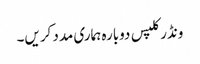
ونڈر کلپس دوبارہ ہماری مدد کریں۔